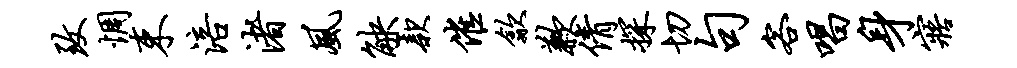
致惆束涪渚风觖款催歙歉倩探切句客唱身寤